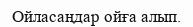
Ойласаңдар ойға алып.